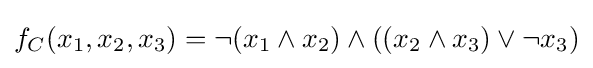
f_{C}(x_{1},x_{2},x_{3})=\neg (x_{1}\wedge x_{2})\wedge ((x_{2}\wedge x_{3})\vee \neg x_{3})